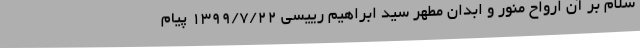
سلام بر آن ارواح منور و ابدان مطهر سید ابراهیم رییسی 1399/7/22 پیام